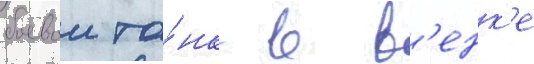
боевои та́нк в в'енк'е